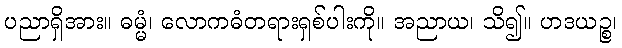
ပညာရှိအား။ ဓမ္မံ၊ လောကဓံတရားရှစ်ပါးကို။ အညာယ၊ သိ၍။ ဟဒယဉ္စ၊